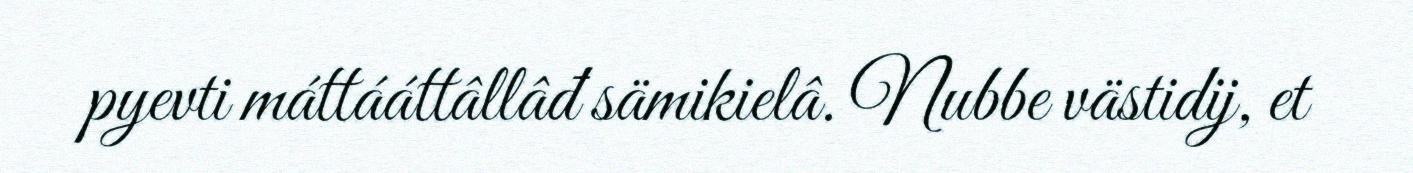
pyevti máttááttâllâđ sämikielâ. Nubbe västidij, et